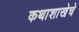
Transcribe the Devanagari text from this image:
कथाशाखेचे